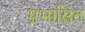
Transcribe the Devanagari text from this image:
प्रभासित